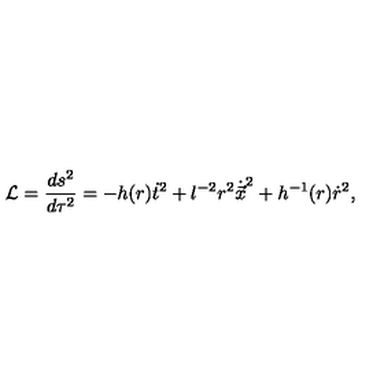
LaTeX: { \cal L } = \frac { d s ^ { 2 } } { d \tau ^ { 2 } } = - h ( r ) \dot { t } ^ { 2 } + l ^ { - 2 } r ^ { 2 } \dot { \vec { x } } ^ { 2 } + h ^ { - 1 } ( r ) \dot { r } ^ { 2 } ,